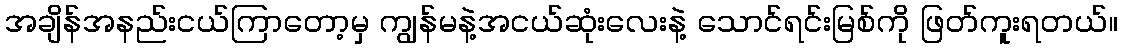
အချိန်အနည်းငယ်ကြာတော့မှ ကျွန်မနဲ့အငယ်ဆုံးလေးနဲ့ သောင်ရင်းမြစ်ကို ဖြတ်ကူးရတယ်။